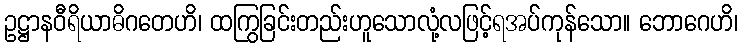
ဥဋ္ဌာနဝီရိယာဓိဂတေဟိ၊ ထကြွခြင်းတည်းဟူသောလုံ့လဖြင့်ရအပ်ကုန်သော။ ဘောဂေဟိ၊